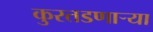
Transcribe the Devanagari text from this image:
कुरतडणार्‍या